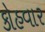
કોહવાર